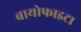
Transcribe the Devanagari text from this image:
बायोफाइटा